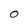
Character: O